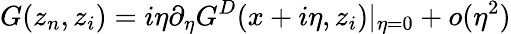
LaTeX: G(z_{n},z_{i})=i\eta\partial_{\eta}G^{D}(x+i\eta,z_{i})|_{\eta=0}+o(\eta^{2})